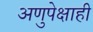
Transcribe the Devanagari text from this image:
अणुपेक्षाही